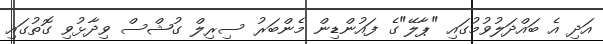
އަދި އެ ބައްދަލުވުމުގައި "ޕާލޭ"ގެ ފައުންޑިން މެންބަރު ސިރިލް ގުޝްސް ވިދާޅުވި ގޮތުގައި